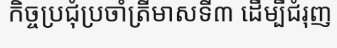
កិច្ចប្រជុំប្រចាំត្រីមាសទី៣ ដើម្បីជំរុញ